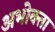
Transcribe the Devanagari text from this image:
अभोक्ता